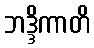
ဘဒ္ဒိကာတိ